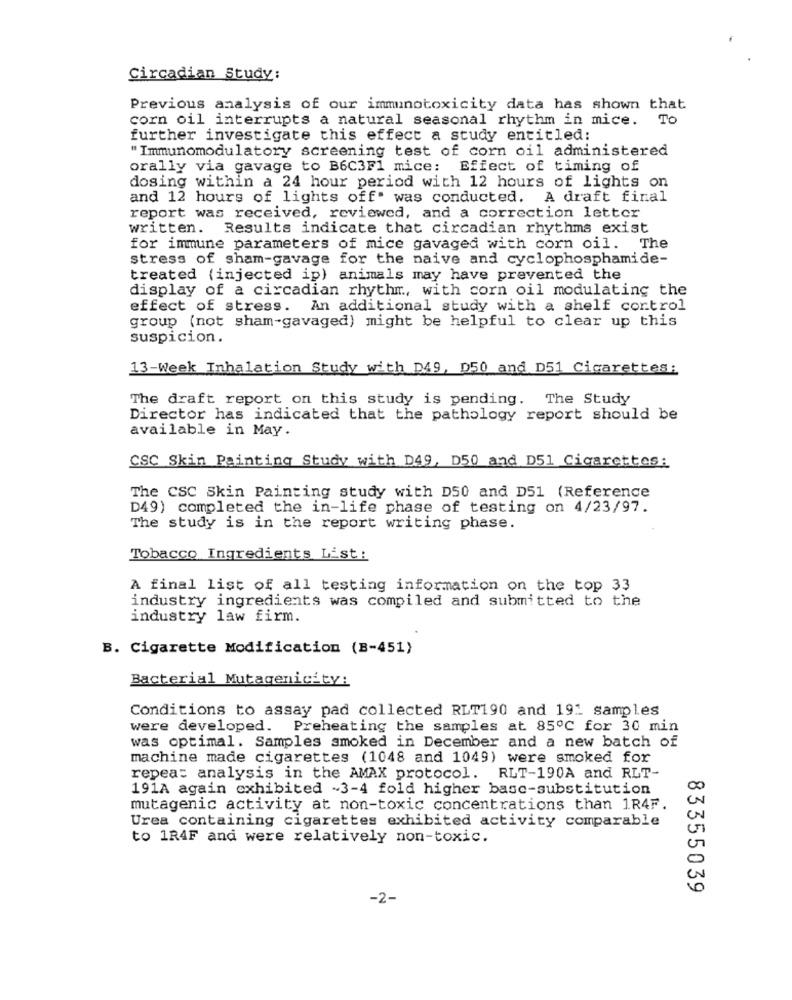
Circadian Study:
Previous analysis of our immunotoxicity data has shown that
corn oil interrupts a natural seasonal rhythm in mice. T
further investigate this effect a study entitled:
"Immunomodulatory screening test of corn oil administered
orally via gavage to B6C3F1 mice: Effect of timing of
dosing within a 24 hour period with 12 hours of lights on
and 12 hours of lights off" was conducted. A draft final
report was received, reviewed, and a correction letter
written. Results indicate that circadian rhythms exist
for immune parameters of mice gavaged with corn oil. The
stress of sham-gavage for the naive and cyclophosphamide-
treated (injected ip) animals may have prevented the
display of a circadian rhythm, with corn oil modulating the
effect of stress. An additional study with a shelf control
group (not sham-gavaged) might be helpful to clear up this
suspicion.
13-Week Inhalation Study with D49, D50 and D51 Cigarettes:
The draft report on this study is pending. The Study
Director has indicated that the pathology report should be
available in May.
CSC Skin Painting Study with D49, D50 and D51 Cigarettes:
The CSC Skin Painting study with D50 and D51 (Reference
D49) completed the in-life phase of testing on 4/23/97.
The study is in the report writing phase.
Tobacco Ingredients List:
A final list of all testing information on the top 33
industry ingredients was compiled and submitted to the
industry law firm.
B. Cigarette Modification (B-451)
Bacterial Mutagenicity:
Conditions to assay pad collected RLT190 and 19: samples
were developed. Preheating the samples at 85º℃ for 30 min
was optimal. Samples smoked in December and a new batch of
machine made cigarettes (1048 and 1049) were smoked for
repea: analysis in the AMAX protocol. RLT-190A and RLT-
191A again exhibited ~3-4 fold higher base-substitution
mutagenic activity at non-toxic concentrations than 1R4F.
Urea containing cigarettes exhibited activity comparable
to 1R4F and were relatively non-toxic.
83355039
-2-